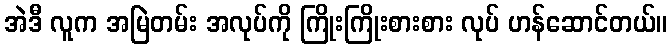
အဲဒီ လူက အမြဲတမ်း အလုပ်ကို ကြိုးကြိုးစားစား လုပ် ဟန်ဆောင်တယ်။